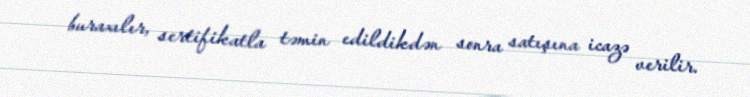
buraxılır, sertifikatla təmin edildikdən sonra satışına icazə verilir.